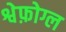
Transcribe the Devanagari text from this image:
श्वेफ़ोग्ल